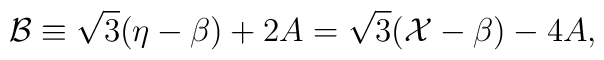
\mathcal{B}\equiv\sqrt{3}(\eta-\beta)+2A=\sqrt{3}(\mathcal{X}-	\beta)-4A,